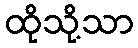
ထိုသို့သာ